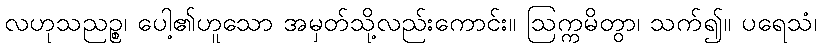
လဟုသညဉ္စ၊ ပေါ့၏ဟူသော အမှတ်သို့လည်းကောင်း။ ဩက္ကမိတွာ၊ သက်၍။ ပရေသံ၊